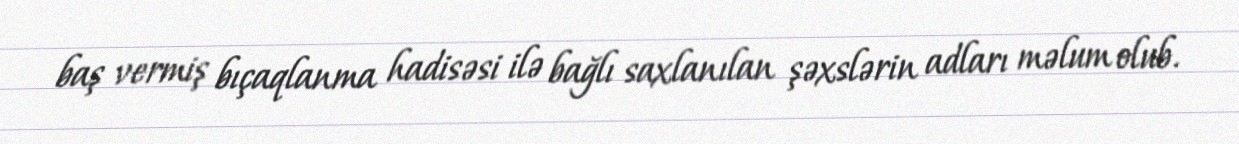
baş vermiş bıçaqlanma hadisəsi ilə bağlı saxlanılan şəxslərin adları məlum olub.